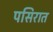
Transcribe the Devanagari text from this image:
पसिरात